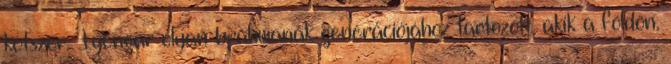
kétszer. Iyengar olyan bráhmanák generációjához tartozott, akik a földön,